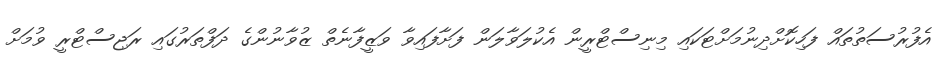
އެފުރުސަތުތައް ފަހިކޮށްދިނުމަށްޓަކައި މިނިސްޓްރީން އެކުލަވާލަން ފަށާފައިވާ ވަޒީފާނެތް ޒުވާނުންގެ ދަފްތަރުގައި ރަޖިސްޓްރީ ވުމަށް